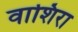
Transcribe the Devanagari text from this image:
वाशिरा